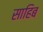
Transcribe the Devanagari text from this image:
साहिब